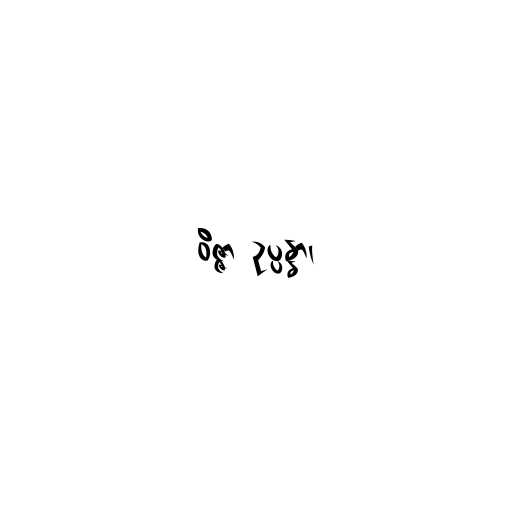
ဝိဇ္ဇာ ဥပ္ပန္နာ၊